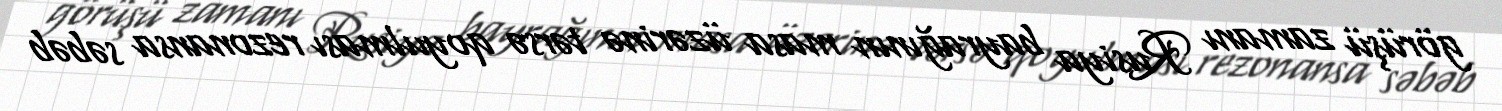
görüşü zamanı Rusiya bayrağının masa üzərinə tərsə qoyulması rezonansa səbəb